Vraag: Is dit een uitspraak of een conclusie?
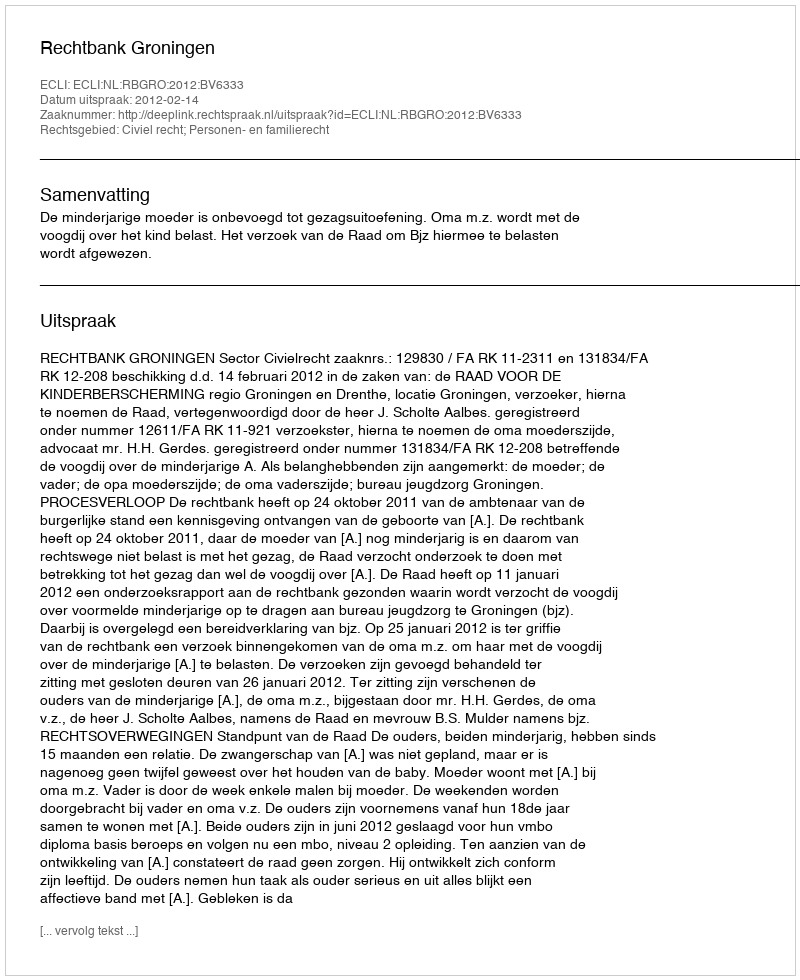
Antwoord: Uitspraak